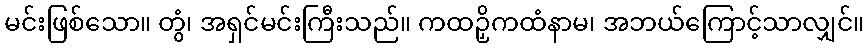
မင်းဖြစ်သော။ တွံ၊ အရှင်မင်းကြီးသည်။ ကထဉှိကထံနာမ၊ အဘယ်ကြောင့်သာလျှင်။